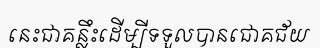
នេះជាគន្លឹះដើម្បីទទួលបានជោគជ័យ